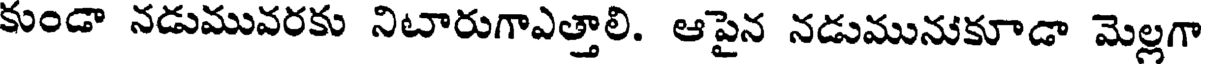
కుండా నడుమువరకు నిటారుగాఎత్తాలి. ఆపైన నడుమునుకూడా మెల్లగా